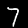
Label: 7